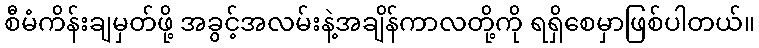
စီမံကိန်းချမှတ်ဖို့ အခွင့်အလမ်းနဲ့အချိန်ကာလတို့ကို ရရှိစေမှာဖြစ်ပါတယ်။